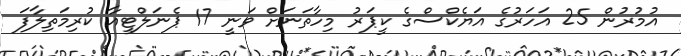
އުމުރުން 25 އަހަރުގެ އަޔެކްސްގެ ކީޕަރު މިހާތަނަށް ވަނީ 17 ޕެނަލްޓީއާ ކުރިމަތިލާފަ